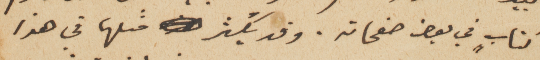
كتابٍ في بعض صفحاته. وقد يَكثر مثلها في هذا